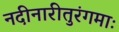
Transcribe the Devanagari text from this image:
नदीनारीतुरंगमाः